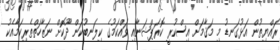
ރައްޔިތުން އަޅުގަނޑު މި މަޤާމަށް އިސްކުރީ ކޮރަޕްޝަނާއި ވައްކަމުގެ ކިލަނބުކަން ދޫކޮށް ނަޒާހަތްތެރިކަމާއެކު